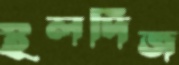
ইলদিজ